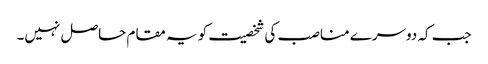
جب کہ دوسرے مناصب کی شخصیت کو یہ مقام حاصل نہیں۔